Bréfritari: Ragnheiður Sveinbjarnardóttir
Viðtakandi: Jón Borgfirðingur
Dagsetning: A-1872-03-28
Skrifað á: Katanes  Borg.

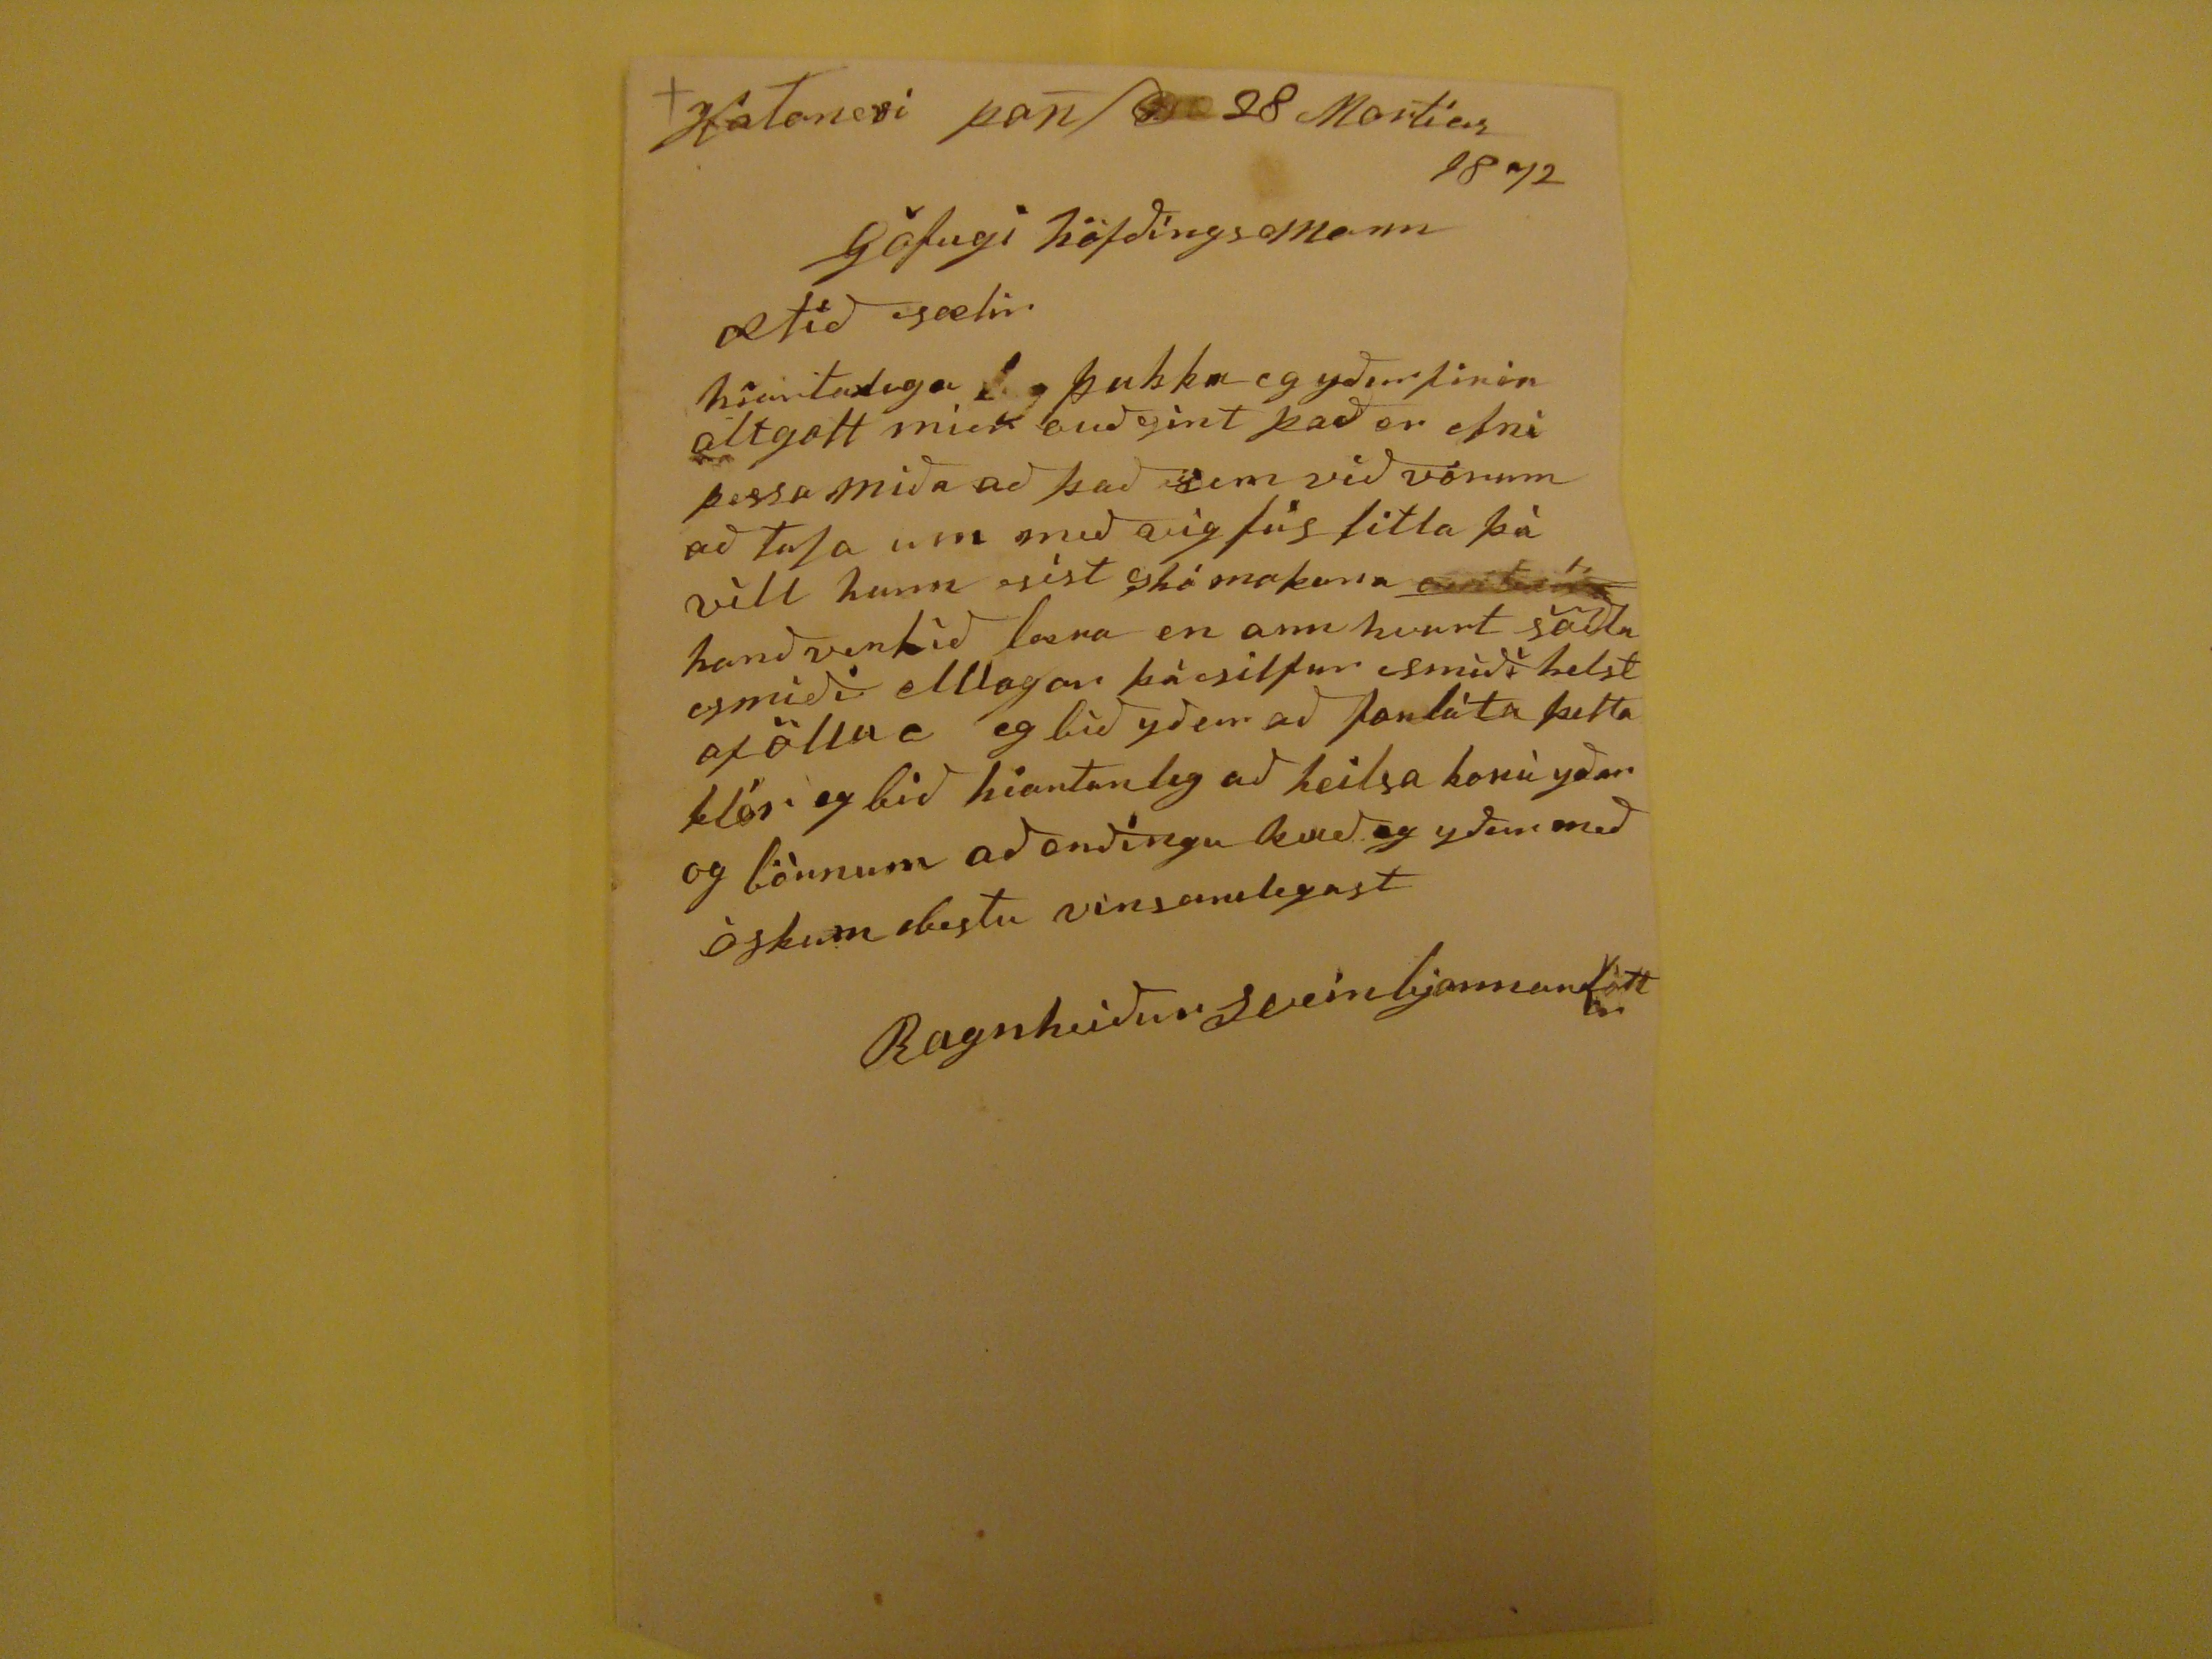

KaTanesi þan 28 Marties 1872
göfugi höfdingssmenn
ætid sælir
hiartanlega þakka eg ydur firir alt gott mier audsint þad er efni þessa mida ad þad sem vid vórum ad Tala um med sigfús litla þá vìll hann síst
skéma kona
handverkid losna en an hvurt
saílu esmidi
ellagar þá silfur smìd helst af öllu e eg bid ydur ad forláta þetta klór eg bid hiartanleg ad heilsa konu ydar og börnum ad endingu kved eg ydur med óskum bestu vinsamlegast
Ragnheidur Sveinbjarnardóttir